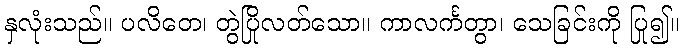
နှလုံးသည်။ ပလိတေ၊ တွဲပြိုလတ်သော။ ကာလင်္ကတွာ၊ သေခြင်းကို ပြု၍။